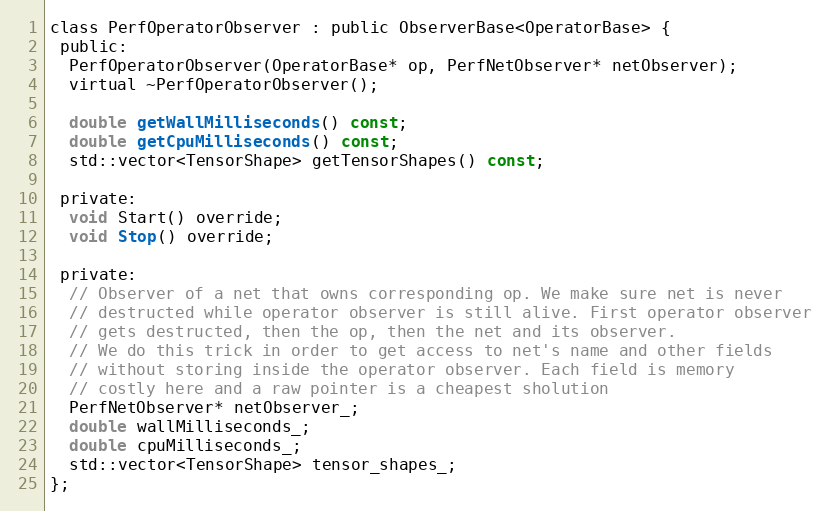
Language: C
class PerfOperatorObserver : public ObserverBase<OperatorBase> {
 public:
  PerfOperatorObserver(OperatorBase* op, PerfNetObserver* netObserver);
  virtual ~PerfOperatorObserver();

  double getWallMilliseconds() const;
  double getCpuMilliseconds() const;
  std::vector<TensorShape> getTensorShapes() const;

 private:
  void Start() override;
  void Stop() override;

 private:
  // Observer of a net that owns corresponding op. We make sure net is never
  // destructed while operator observer is still alive. First operator observer
  // gets destructed, then the op, then the net and its observer.
  // We do this trick in order to get access to net's name and other fields
  // without storing inside the operator observer. Each field is memory
  // costly here and a raw pointer is a cheapest sholution
  PerfNetObserver* netObserver_;
  double wallMilliseconds_;
  double cpuMilliseconds_;
  std::vector<TensorShape> tensor_shapes_;
};